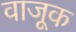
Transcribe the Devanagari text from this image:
वाजूक